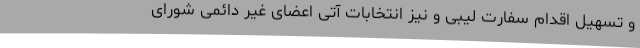
و تسهیل اقدام سفارت لیبی و نیز انتخابات آتی اعضای غیر دائمی شورای